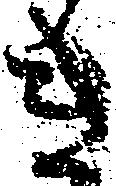
き